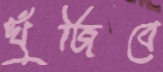
খুঁজিবে